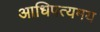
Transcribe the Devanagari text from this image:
आधिपत्यमय